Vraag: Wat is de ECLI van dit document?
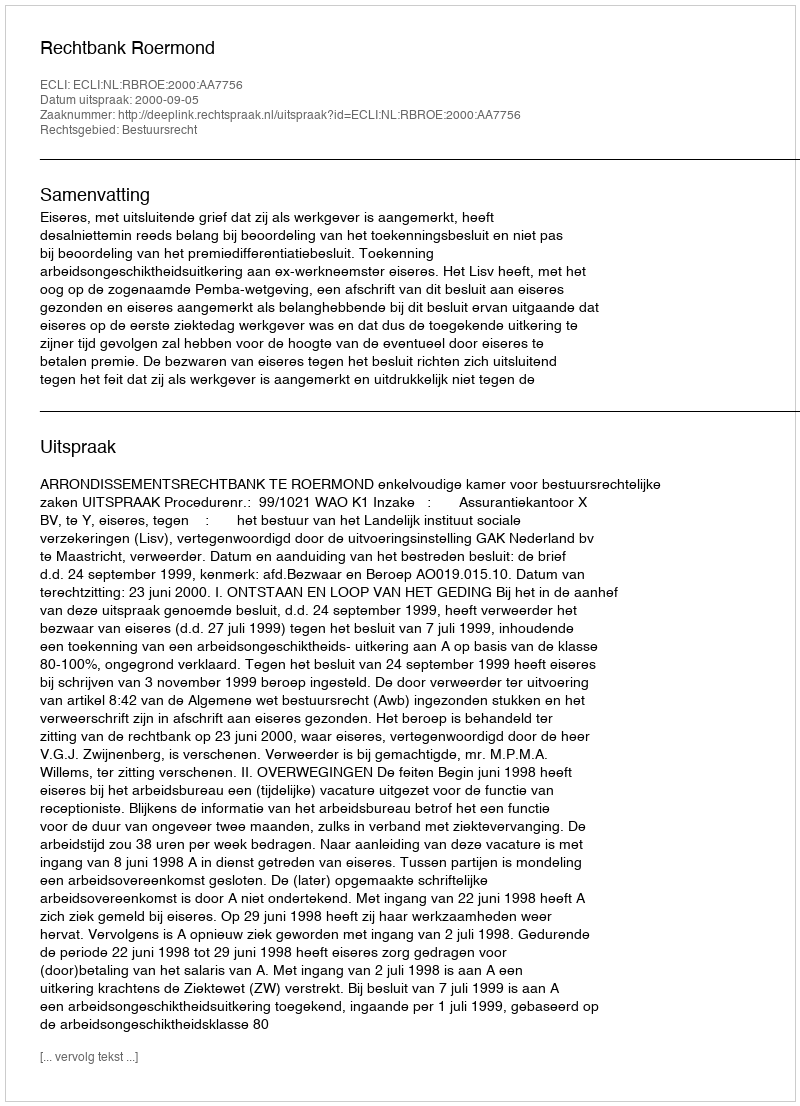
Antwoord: ECLI:NL:RBROE:2000:AA7756